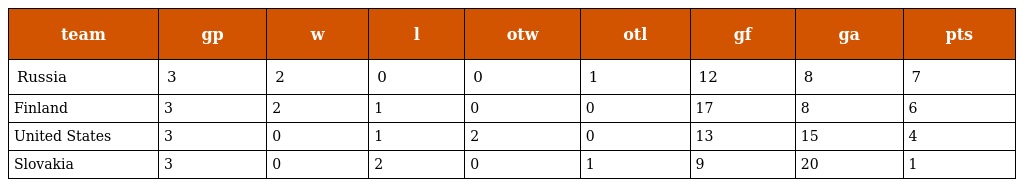
| team | gp | w | l | otw | otl | gf | ga | pts |
 | --- | --- | --- | --- | --- | --- | --- | --- | --- |
 | Russia | 3 | 2 | 0 | 0 | 1 | 12 | 8 | 7 |
 | Finland | 3 | 2 | 1 | 0 | 0 | 17 | 8 | 6 |
 | United States | 3 | 0 | 1 | 2 | 0 | 13 | 15 | 4 |
 | Slovakia | 3 | 0 | 2 | 0 | 1 | 9 | 20 | 1 |